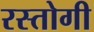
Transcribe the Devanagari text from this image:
रस्‍तोगी